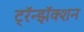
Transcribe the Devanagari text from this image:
ट्रॅन्झॅक्शन